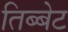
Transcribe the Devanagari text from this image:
तिब्बेट